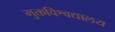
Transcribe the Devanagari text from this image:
मुक्तविश्वद्यालय